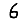
Digit: 6